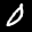
Label: 0